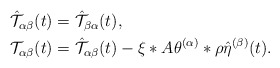
\begin{align*}\begin{alignedat}{1}\mathcal{\hat{T}}_{\alpha\beta}(t) & =\mathcal{\hat{T}}_{\beta\alpha}(t),\\\mathcal{T}_{\alpha\beta}(t) & =\mathcal{\hat{T}}_{\alpha\beta}(t)-\xi*A\theta^{(\alpha)}*\rho\hat{\eta}^{(\beta)}(t).\end{alignedat}\end{align*}